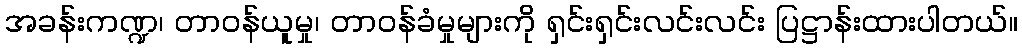
အခန်းကဏ္ဍ၊ တာဝန်ယူမှု၊ တာဝန်ခံမှုများကို ရှင်းရှင်းလင်းလင်း ပြဋ္ဌာန်းထားပါတယ်။